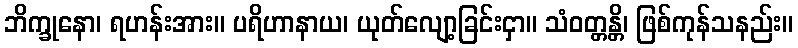
ဘိက္ခုနော၊ ရဟန်းအား။ ပရိဟာနာယ၊ ယုတ်လျော့ခြင်းငှာ။ သံဝတ္တန္တိ၊ ဖြစ်ကုန်သနည်း။